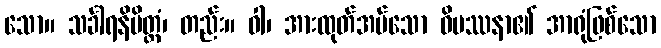
သော။ သင်္ခါရနိမိတ္တံ၊ တည်း။ ဝါ၊ အားထုတ်အပ်သော ဝိပဿနာ၏ အာရုံဖြစ်သော